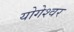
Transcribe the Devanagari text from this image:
योगेश्‍वर